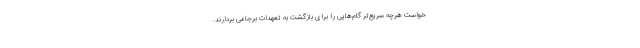
خواست هرچه سریع‌تر گام‌هایی را برای بازگشت به تعهدات برجامی بردارند.